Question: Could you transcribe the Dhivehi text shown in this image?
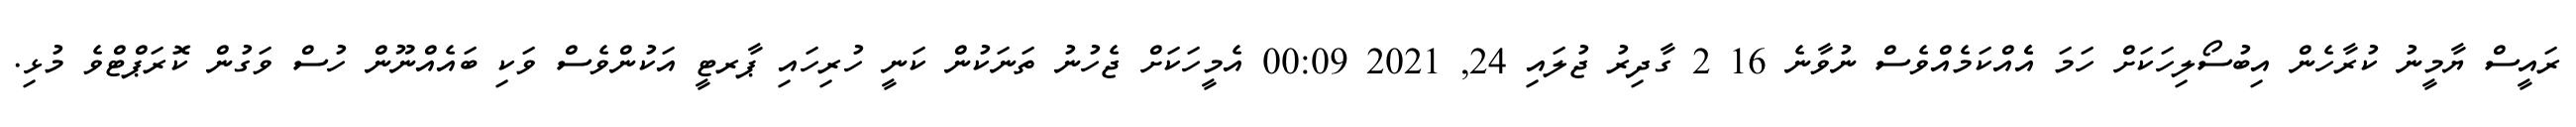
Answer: ރައީސް ޔާމީނު ކުރާހެން އިބުސޯލިހަކަށް ހަމަ އެެއްކަމެއްވެސް ނުވާނެ 16 2 ގާދިރު ޖުލައި 24, 2021 00:09 އެމީހަކަށް ޖެހުނު ތަނަކުން ކަނީ ހުރިހައި ޕާރޓީ އަކުންވެސް ވަކި ބައެއްނޫން ހުސް ވަގުން ކޮރަޕްޓްވެ މުޅި.